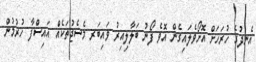
އެނދުގެ ހުރަހަށް އޮށޯވެލައިގެން އޮވެ ފޯނު ބަލާލިއިރު ވައިބަރ މެސެޖުތަކެއް އައިސްފާ ހުރުމުން